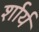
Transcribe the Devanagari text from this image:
र्शार्य